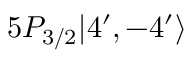
5 P _ { 3 / 2 } | 4 ^ { \prime } , - 4 ^ { \prime } \rangle